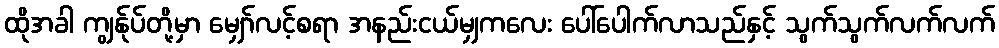
ထိုအခါ ကျွန်ုပ်တို့မှာ မျှော်လင့်စရာ အနည်းငယ်မျှကလေး ပေါ်ပေါက်လာသည်နှင့် သွက်သွက်လက်လက်